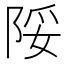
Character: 䧌